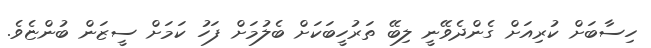
ހިސާބަށް ކުރިއަށް ގެންދެވޭނީ ލިބޭ ތަރުހީބަކަށް ބެލުމަށް ފަހު ކަމަށް ސީޒަން ބުންޏެވެ.